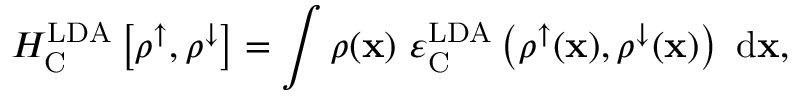
H _ { \mathrm { C } } ^ { \mathrm { L D A } } \left[ \rho ^ { \uparrow } , \rho ^ { \downarrow } \right] = \int { \rho ( { \bf x } ) \ \varepsilon _ { \mathrm { C } } ^ { \mathrm { L D A } } \left( \rho ^ { \uparrow } ( { \bf x } ) , \rho ^ { \downarrow } ( { \bf x } ) \right) \ \mathrm { d } { \bf x } } ,